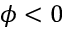
\phi < 0